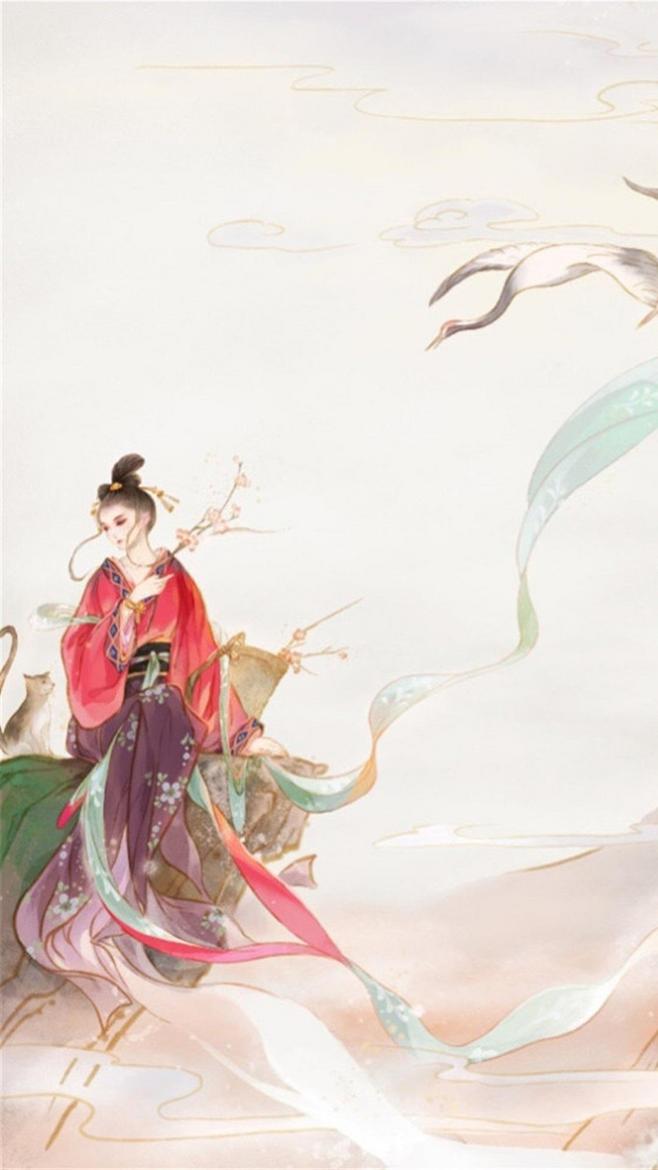
斜髻娇娥夜卧迟，梨花风静鸟栖枝。